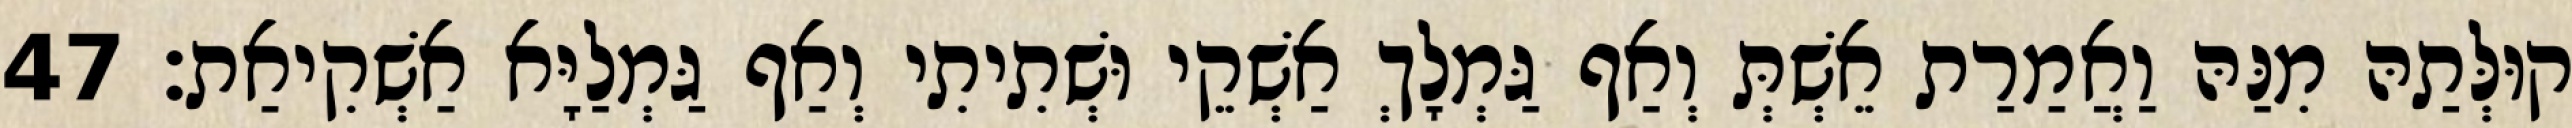
קוּלְּתַהּ מִנַּהּ וַאֲמַרַת אֵשְׁתְּ וְאַף גַּמְלָךְ אַשְׁקֵי וּשְׁתִיתִי וְאַף גַּמְלַיָּא אַשְׁקִיאַת׃ 47